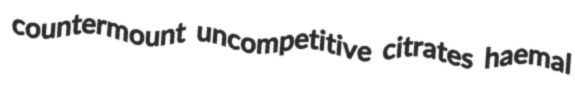
countermount uncompetitive citrates haemal